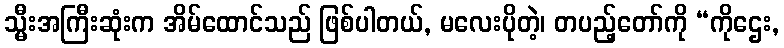
သ္မီးအကြီးဆုံးက အိမ်ထောင်သည် ဖြစ်ပါတယ်, မလေးပိုတဲ့၊ တပည့်တော်ကို “ကိုဌေး,